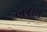
બરાત